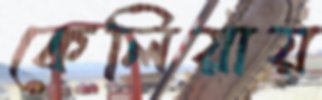
কেলিয়ায়